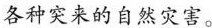
各种突来的自然灾害。